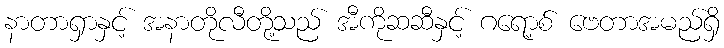
နာတာရှာနှင့် အနာတိုလီတို့သည် အီကိုဆဆီနှင့် ဂရော့စ် ဗေတာအမည်ရှိ